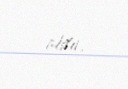
oldu.